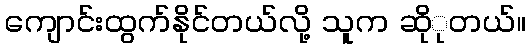
ကျောင်းထွက်နိုင်တယ်လို့ သူက ဆိုုတယ်။